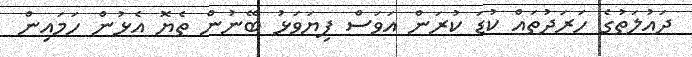
ދައުލަތުގެ ހަރަދުތައް ކުޑަ ކުރަން އަވަސް ފިޔަވަޅު ބޭނުން ތެޔޮ އެޅުން ހަމައިން